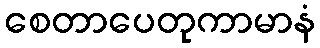
စေတာပေတုကာမာနံ